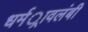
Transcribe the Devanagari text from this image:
धर्मर्ावलंबी